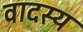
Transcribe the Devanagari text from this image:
वादस्य